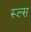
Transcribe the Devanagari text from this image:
रूल्‍स